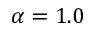
\alpha = 1 . 0